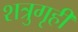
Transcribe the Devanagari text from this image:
शत्रुगृही